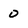
Character: 0